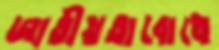
জাতীয়তাবোধে